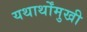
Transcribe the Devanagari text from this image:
यथार्थोंमुखी